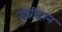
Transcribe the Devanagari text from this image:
इग्नीट्रान